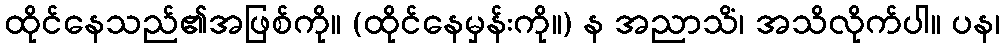
ထိုင်နေသည်၏အဖြစ်ကို။ (ထိုင်နေမှန်းကို။) န အညာသိံ၊ အသိလိုက်ပါ။ ပန၊